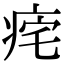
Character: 𤵾